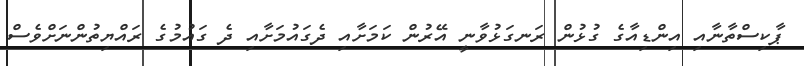
ޕާކިސްތާނާއި އިންޑިއާގެ ގުޅުން ރަނގަޅުވާނީ އޭރުން ކަމަށާއި ދެގައުމަށާއި ދެ ގައުމުގެ ރައްޔިތުންނަށްވެސް